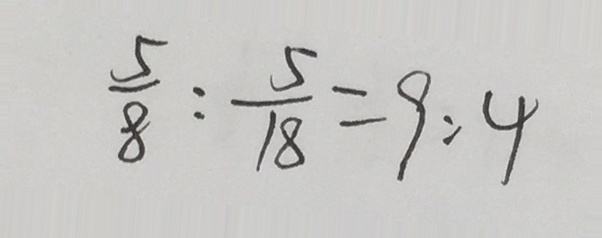
\frac { 5 } { 8 } : \frac { 5 } { 1 8 } = 9 : 4